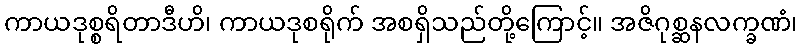
ကာယဒုစ္စရိတာဒီဟိ၊ ကာယဒုစရိုက် အစရှိသည်တို့ကြောင့်။ အဇိဂုစ္ဆနလက္ခဏံ၊